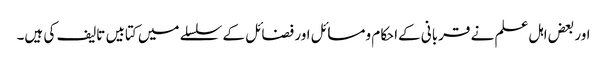
اور بعض اہل علم نے قربانی کےاحکام ومسائل اور فضائل کے سلسلے میں کتابیں تالیف کی ہیں۔